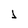
Character: 1